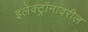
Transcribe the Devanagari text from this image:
इलेक्ट्रॉनावरील